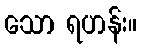
သော ရဟန်း။